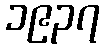
၁၉၃၇